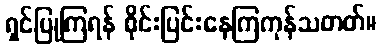
ရှင်ပြုကြရန် စိုင်းပြင်းနေကြကုန်သတတ်။